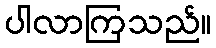
ပါလာကြသည်။